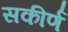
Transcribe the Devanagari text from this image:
सकीर्ण